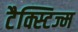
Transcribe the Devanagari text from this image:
टैक्स्टिज्म